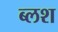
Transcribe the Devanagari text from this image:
ब्लश